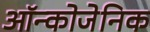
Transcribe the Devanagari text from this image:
ऑन्कोजेनिक